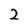
Character: 2